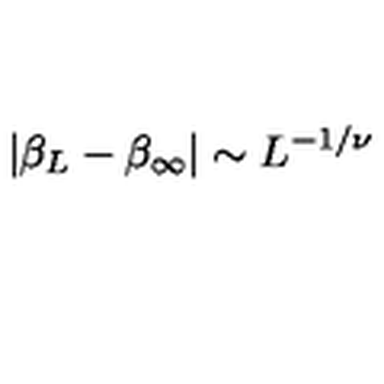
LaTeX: \left| \beta _ { L } - \beta _ { \infty } \right| \sim L ^ { - 1 / \nu }